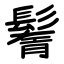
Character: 鬌